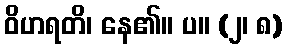
ဝိဟရတိ၊ နေ၏။ ပ။ (၂၊ ၈)